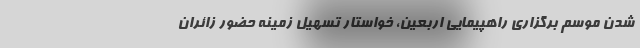
شدن موسم برگزاری راهپیمایی اربعین، خواستار تسهیل زمینه حضور زائران